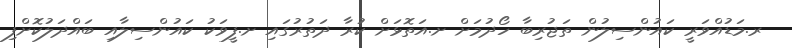
ރ.މަޑުއްވަރީ ކައުންސިލުން ތަޖުރިބާ ހޯދުމަށް ށ.އަތޮޅަށް ކުރާ ދަތުރުގައި ށ.ފީވަކު ކައުންސިލާއި ބައްދަލުކޮށްފި